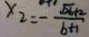
x _ { 2 } = - \frac { \sqrt { 2 b + 2 } } { b + 1 }